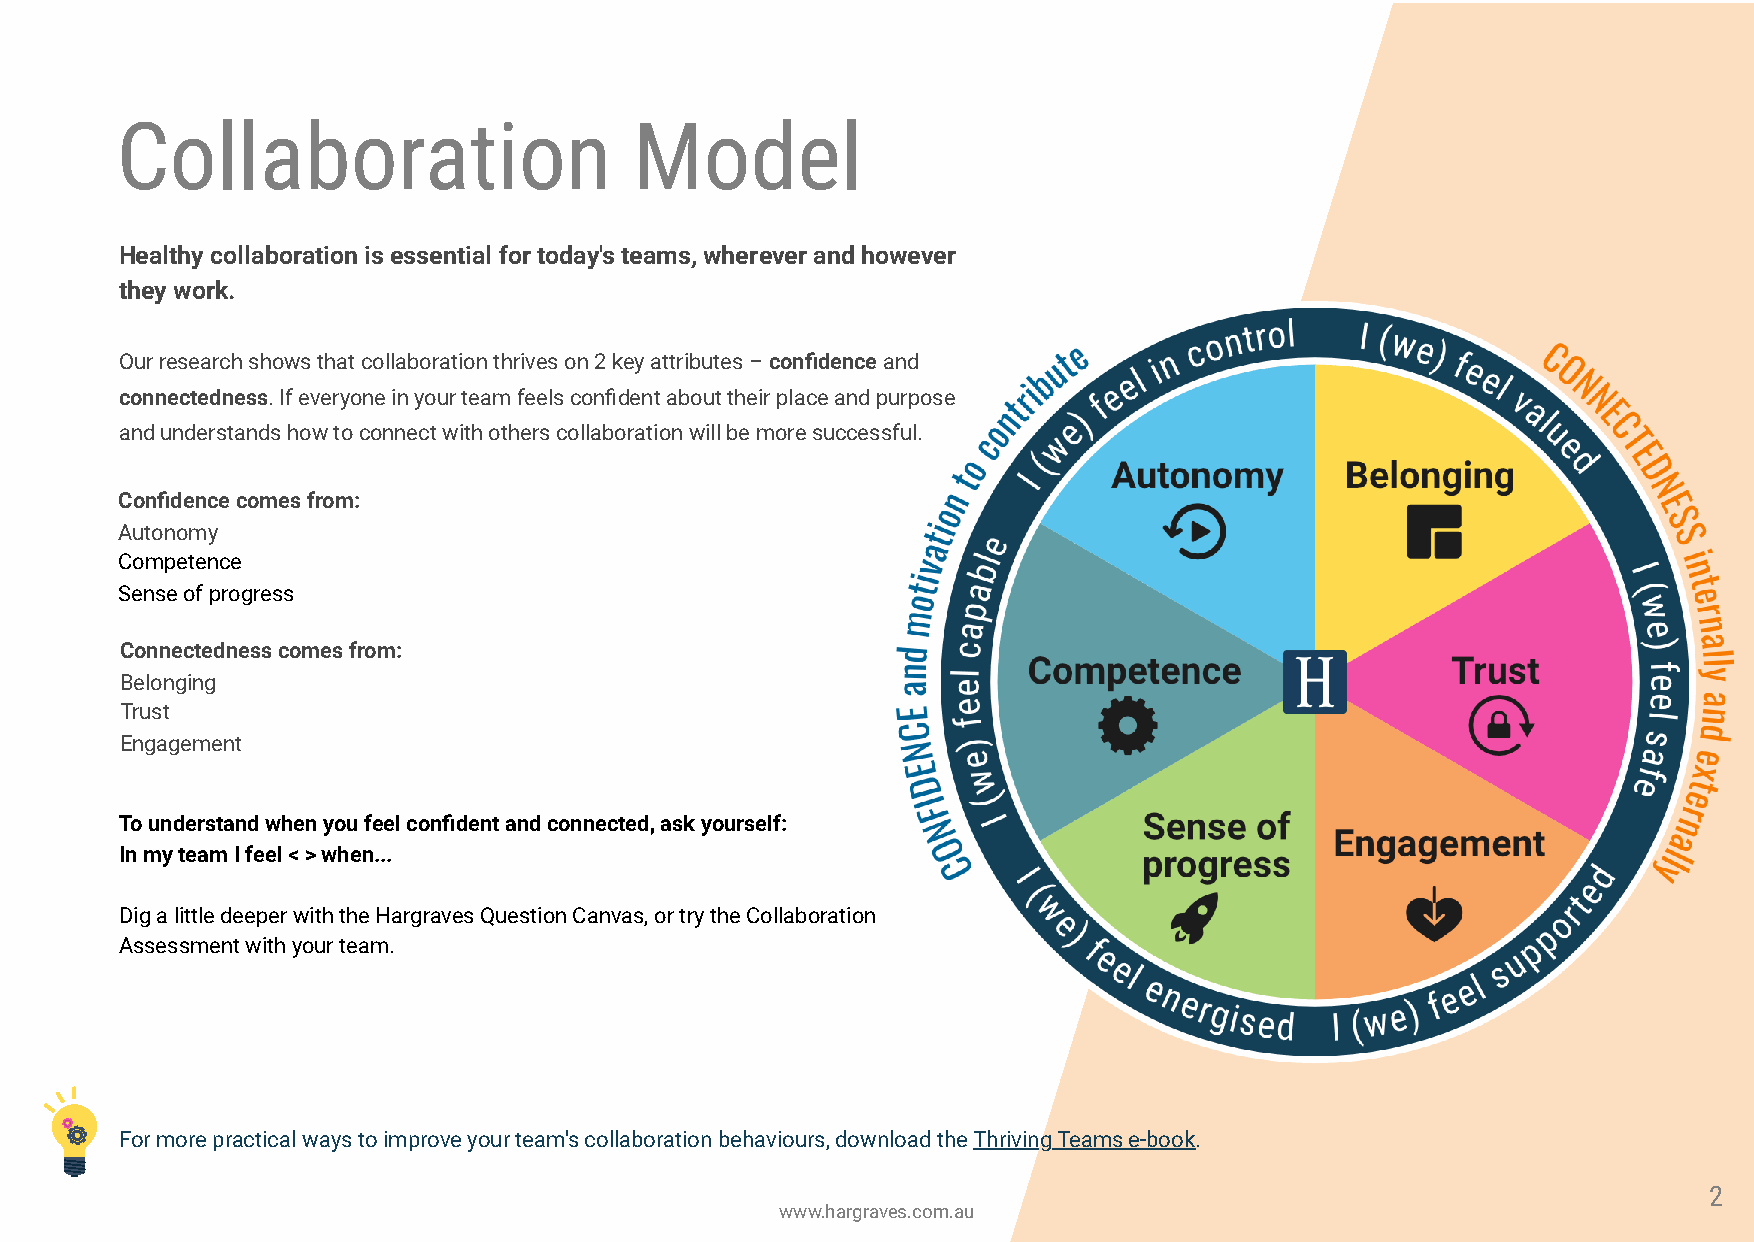
Collaboration                     Model
 Healthy collaboration is essential for today's teams, wherever and however
 they work.
 Our research shows that collaboration thrives on 2 key attributes – condence and
 connectedness. If everyone in your team feels condent about their place and purpose
 and understands how to connect with others collaboration will be more successful.
 Condence comes from:
 Autonomy
 Competence
 Sense of progress
 Connectedness comes from:
 Belonging
 Trust
 Engagement
 To understand when you feel condent and connected, ask yourself:
 In my team I feel < > when...
 Dig a little deeper with the Hargraves Question Canvas, or try the Collaboration
 Assessment with your team.
 For more practical ways to improve your team's collaboration behaviours, download the Thriving Teams e-book.
 2
 www.hargraves.com.au